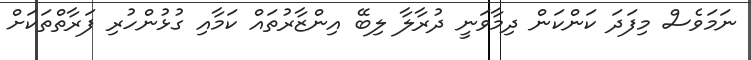
ނަމަވެސް މިފަދަ ކަންކަން ދިމާވަނީ ދުރާލާ ލިބޭ އިންޒާރުތައް ކަމާއި ގުޅުންހުރި ފަރާތްތަކަށް